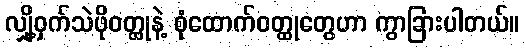
လျှို့ဝှက်သဲဖိုဝတ္ထုနဲ့ စုံထောက်ဝတ္ထုတွေဟာ ကွာခြားပါတယ်။